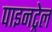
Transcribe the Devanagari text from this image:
पाइनट्रेल